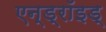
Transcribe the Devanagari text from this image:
एन्ड्रॉइड्